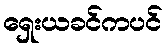
ရှေးယခင်ကပင်